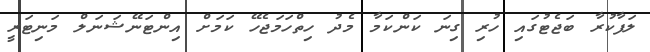
ލަފާކުރާ ބަޖެޓުގައި ހުރި ގިނަ ކަންކަމާ މެދު ހިތްހަމަޖެހޭ ކަމަށް އިންޓަނޭޝަނަލް މަނިޓަރީ